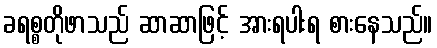
ခရစ္စတိုဖာသည် ဆာဆာဖြင့် အားရပါးရ စားနေသည်။